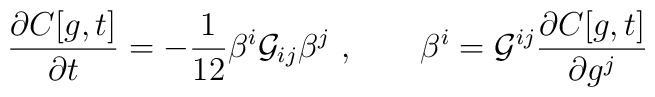
\frac{\partial C[g,t]}{\partial t} = -\frac{1}{12}\beta^i {\cal G}_{ij}\beta^j~, \qquad \beta^i = {\cal G}^{ij}\frac{\partial C[g,t]}{\partial g^j}